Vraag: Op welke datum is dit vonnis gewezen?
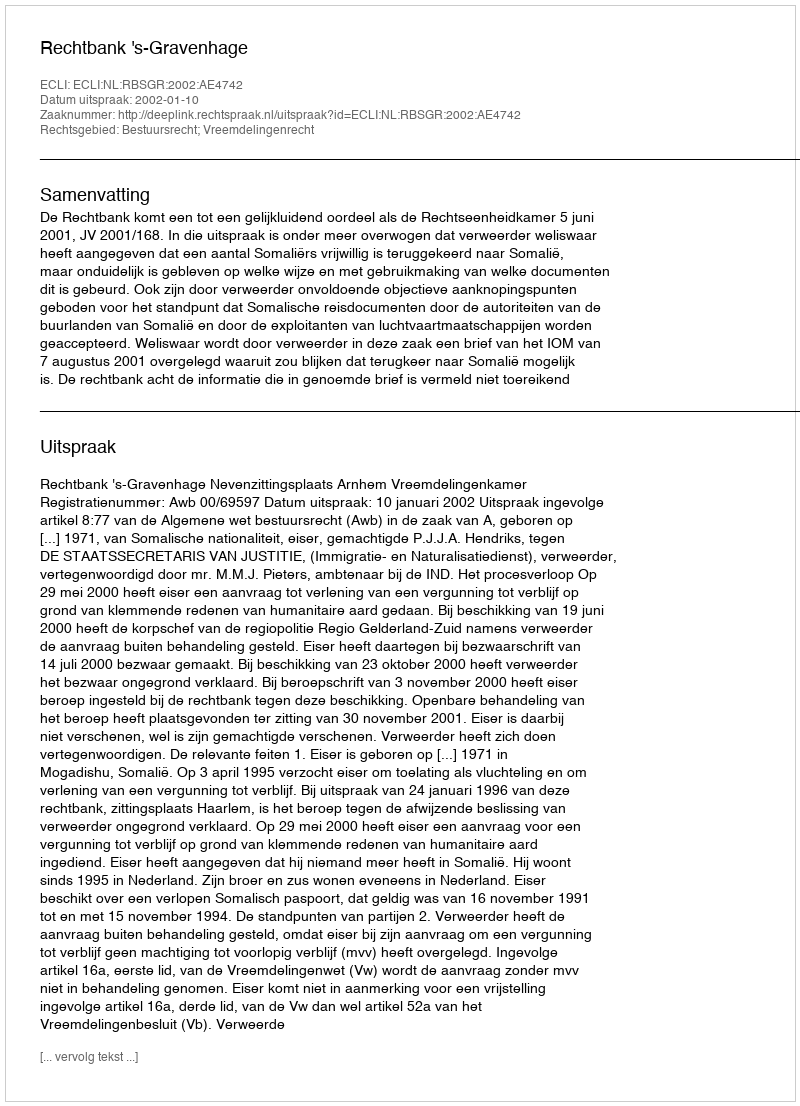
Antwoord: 2002-01-10